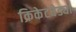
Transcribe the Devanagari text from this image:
क्रिकेटवेड्या